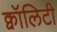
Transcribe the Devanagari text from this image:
क्वॉलिटी